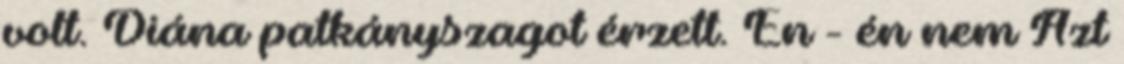
volt. Diána patkányszagot érzett. Én - én nem Azt